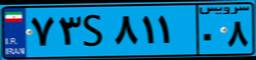
۹۰S۶۹۵۴۵